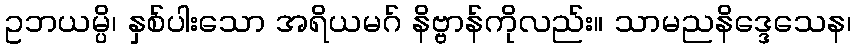
ဥဘယမ္ပိ၊ နှစ်ပါးသော အရိယမဂ် နိဗ္ဗာန်ကိုလည်း။ သာမညနိဒ္ဒေသေန၊